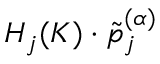
H _ { j } ( K ) \cdot \tilde { p } _ { j } ^ { ( \alpha ) }